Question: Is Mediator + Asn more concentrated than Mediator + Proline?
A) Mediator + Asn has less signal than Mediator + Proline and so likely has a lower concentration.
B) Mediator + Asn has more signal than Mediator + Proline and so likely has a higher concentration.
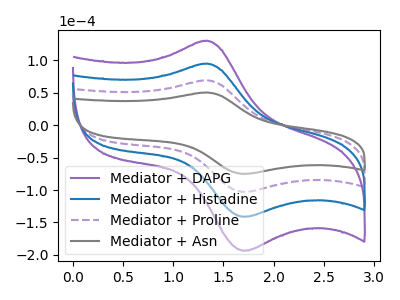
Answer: <think>The purple curve "Mediator + DAPG" has an anodic peak at (1.35V, 208.05uA) and a cathodic peak at (1.70V, -308.80uA). The blue curve "Mediator + Histadine" has an anodic peak at (1.35V, 138.70uA) and a cathodic peak at (1.70V, -205.85uA). The purple dashed curve "Mediator + Proline" has an anodic peak at (1.35V, 69.35uA) and a cathodic peak at (1.70V, -102.95uA). The gray curve "Mediator + Asn" has an anodic peak at (1.35V, 50.55uA) and a cathodic peak at (1.70V, -75.05uA).
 All the peaks in "Mediator + Asn" have a peak in "Mediator + Proline" at the same potential. Every peak in "Mediator + Asn" is lower than every peak in "Mediator + Proline".</think>
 <answer>A) "Mediator + Asn" has less signal than "Mediator + Proline" and so likely has a lower concentration.</answer>
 <eval>A</eval>